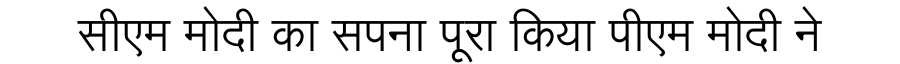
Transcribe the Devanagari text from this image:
सीएम मोदी का सपना पूरा किया पीएम मोदी ने